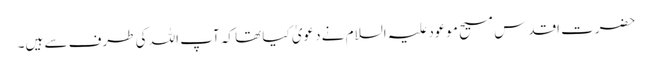
حضرت اقدس مسیح موعود علیہ السلام نے دعویٰ کیا تھا کہ آپ اللہ کی طرف سے ہیں۔